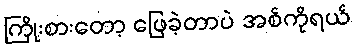
ကြိုးစားတော့ ဖြေခဲ့တာပဲ အစ်ကိုရယ်